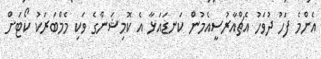
އެންމެ ފަހު ދުވަހު އެޗްއާރުސީއެމުން ކަނޑައަޅާ އެ ކޮމިޝަންގެ ވަކި މެމްބަރަކު ކޯޓަށް